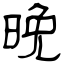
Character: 晚